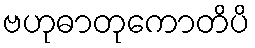
ဗဟုဓာတုကောတိပိ